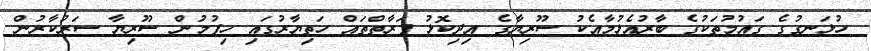
ހުޅަނގުގެ ގައުމުތަކުގެ ބާރުއެޅުމާއެކު ސޫރިޔާގެ އިދިކޮޅު ފަރާތްތައް ހަތިޔާރުގައި ހިފުމުން ސޫރިޔާ ސަރުކާރުން